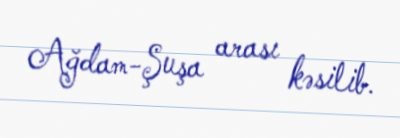
Ağdam-Şuşa arası kəsilib.